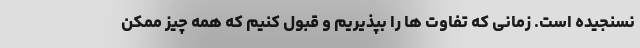
نسنجیده است. زمانی که تفاوت ها را بپذیریم و قبول کنیم که همه چیز ممکن